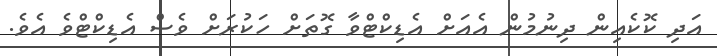
އަދި ކޮކެއިން ދިނުމުން އެއަށް އެޑިކްޓްވާ ގޮތަށް ހަކުރަށް ވެސް އެޑިކްޓްވެ އެވެ.